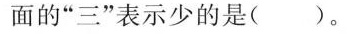
面的”三”表示少的是()。